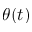
\theta ( t )